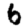
Digit: 6